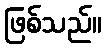
ဖြစ်သည်။